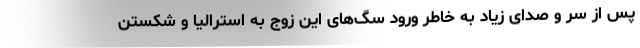
پس از سر و صدای زیاد به خاطر ورود سگ‌های این زوج به استرالیا و شکستن